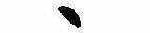
ゝ